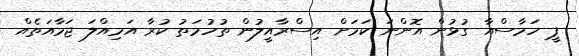
ޕީ ހަމާސްއާ ގުޅުން އޮންނަ ކަމަށް އިސްރާއީލުން ތުހުމަތު ކުރާ އަމިއްލަ ޖަމާއަތެއް